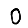
Digit: 0